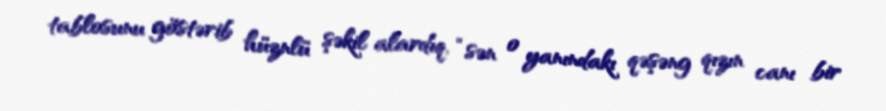
tablosunu göstərib hüznlü şəkil alardıq, “sən o yanındakı qəşəng qızın canı bir